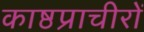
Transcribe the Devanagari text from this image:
काष्ठप्राचीरों